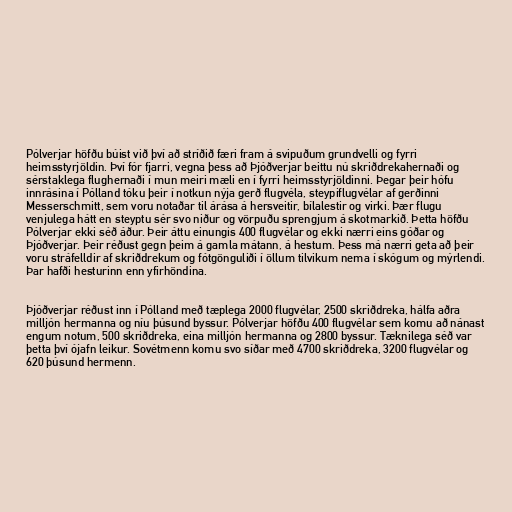
Pólverjar höfðu búist við því að stríðið færi fram á svipuðum grundvelli og fyrri
heimsstyrjöldin. Því fór fjarri, vegna þess að Þjóðverjar beittu nú skriðdrekahernaði og
sérstaklega flughernaði í mun meiri mæli en í fyrri heimsstyrjöldinni. Þegar þeir hófu
innrásina í Pólland tóku þeir í notkun nýja gerð flugvéla, steypiflugvélar af gerðinni
Messerschmitt, sem voru notaðar til árása á hersveitir, bílalestir og virki. Þær flugu
venjulega hátt en steyptu sér svo niður og vörpuðu sprengjum á skotmarkið. Þetta höfðu
Pólverjar ekki séð áður. Þeir áttu einungis 400 flugvélar og ekki nærri eins góðar og
Þjóðverjar. Þeir réðust gegn þeim á gamla mátann, á hestum. Þess má nærri geta að þeir
voru stráfelldir af skriðdrekum og fótgönguliði í öllum tilvikum nema í skógum og mýrlendi.
Þar hafði hesturinn enn yfirhöndina.

Þjóðverjar réðust inn í Pólland með tæplega 2000 flugvélar, 2500 skriðdreka, hálfa aðra
milljón hermanna og níu þúsund byssur. Pólverjar höfðu 400 flugvélar sem komu að nánast
engum notum, 500 skriðdreka, eina milljón hermanna og 2800 byssur. Tæknilega séð var
þetta því ójafn leikur. Sovétmenn komu svo síðar með 4700 skriðdreka, 3200 flugvélar og
620 þúsund hermenn.